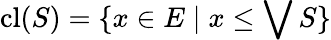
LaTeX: \operatorname{cl}(S)=\{ x\in E\mid x\leq\bigvee S\}